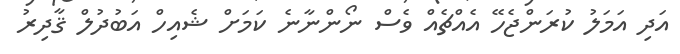
އަދި އަމަލު ކުރަންޖެހޭ އެއްޗެއް ވެސް ނޯންނާނެ ކަމަށް ޝެއިހް އަބުދުލް ޤާދިރު